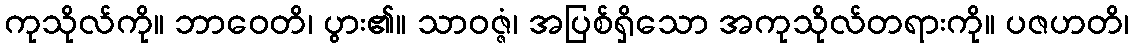
ကုသိုလ်ကို။ ဘာဝေတိ၊ ပွား၏။ သာဝဇ္ဇံ၊ အပြစ်ရှိသော အကုသိုလ်တရားကို။ ပဇဟတိ၊